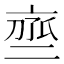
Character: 𬽒